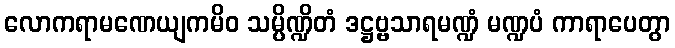
လောကရာမဏေယျကမိဝ သမ္ပိဏ္ဍိတံ ဒဋ္ဌဗ္ဗသာရမဏ္ဍံ မဏ္ဍပံ ကာရာပေတွာ